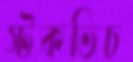
স্টকভিচ